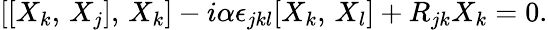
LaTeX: [[X_{k},\, X_{j}],\, X_{k}]-i\alpha\epsilon_{jkl}[X_{k},\, X_{l}]+R_{jk}X_{k}=0.